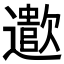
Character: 𬩠